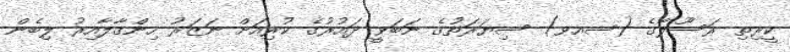
ކީރިތި ރަސޫލާގެ (ސއވ) ސިޔަރަތުގެ ނަބަވީ ދައުރުގެ ކުރިއަށް ނަޒަރު ހިންގާލާއިރު ލިބެން